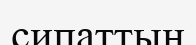
сипаттың